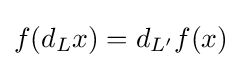
f(d_{L}x)=d_{L^{\prime }}f(x)